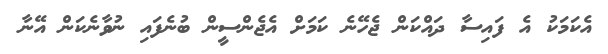
އެކަމަކު އެ ފައިސާ ދައްކަން ޖެހޭނެ ކަމަށް އެޖެންސީން ބުނެފައި ނުވާނެކަން އޭނާ